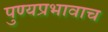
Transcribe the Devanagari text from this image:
पुण्यप्रभावाच